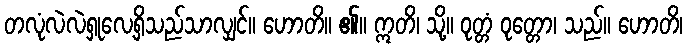
တလုံလဲလဲရှုလေ့ရှိသည်သာလျှင်။ ဟောတိ။ ၏။ ဣတိ၊ သို့။ ဝုတ္တံ ဝုတ္တော၊ သည်။ ဟောတိ၊